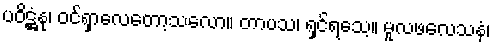
ပဝိဋ္ဌံနု၊ ဝင်ရှာလေတော့သလော။ တာပသ၊ ရှင်ရသေ့။ မူလဖလေသနံ၊